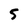
Character: 5